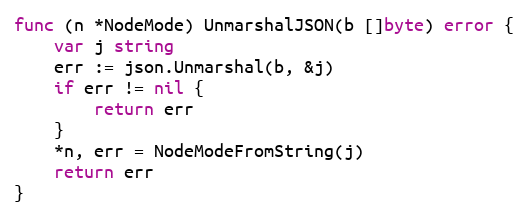
Language: Go
func (n *NodeMode) UnmarshalJSON(b []byte) error {
	var j string
	err := json.Unmarshal(b, &j)
	if err != nil {
		return err
	}
	*n, err = NodeModeFromString(j)
	return err
}